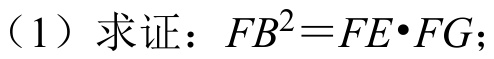
（1）求证：\(FB^{2}=FE\cdot FG\)；